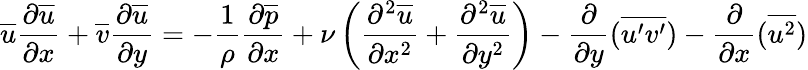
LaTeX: {\overline{{u}}}{\frac{\partial{\overline{{u}}}}{\partial x}}+{\overline{{v}}}{\frac{\partial{\overline{{u}}}}{\partial y}}=-{\frac{1}{\rho}}{\frac{\partial{\overline{{p}}}}{\partial x}}+\nu\left({\frac{\partial^{2}{\overline{{u}}}}{\partial x^{2}}}+{\frac{\partial^{2}{\overline{{u}}}}{\partial y^{2}}}\right)-{\frac{\partial}{\partial y}}({\overline{{u^{\prime}v^{\prime}}}})-{\frac{\partial}{\partial x}}({\overline{{u^{2}}}})